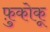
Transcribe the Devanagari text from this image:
फ़ुकोकू